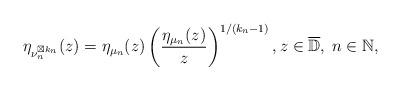
LaTeX: \begin{align*}\eta_{\nu_{n}^{\boxtimes k_{n}}}(z)=\eta_{\mu_{n}}(z)\left(\frac{\eta_{\mu_{n}}(z)}{z}\right)^{1/(k_{n}-1)},z\in\mathbb{\overline{D}},\;n\in\mathbb{N},\end{align*}